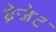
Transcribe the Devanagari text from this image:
ब्रेजेट